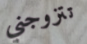
تتزوجني